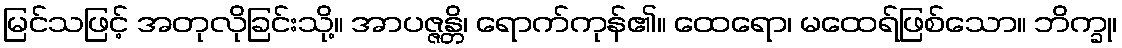
မြင်သဖြင့် အတုလိုခြင်းသို့။ အာပဇ္ဇန္တိ၊ ရောက်ကုန်၏။ ထေရော၊ မထေရ်ဖြစ်သော။ ဘိက္ခု၊